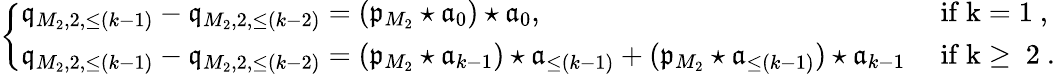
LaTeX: \begin{array}{r}{\left\{ \begin{array}{ll}{\mathfrak{q}_{M_{2},2,\le(k-1)}-\mathfrak{q}_{M_{2},2,\le(k-2)}=\left(\mathfrak{p}_{M_{2}}\star\mathfrak{a}_{0}\right)\star\mathfrak{a}_{0},}&{\mathrm{~if~k=1~,}}\\ {\mathfrak{q}_{M_{2},2,\le(k-1)}-\mathfrak{q}_{M_{2},2,\le(k-2)}=(\mathfrak{p}_{M_{2}}\star\mathfrak{a}_{k-1})\star\mathfrak{a}_{\le(k-1)}+(\mathfrak{p}_{M_{2}}\star\mathfrak{a}_{\le(k-1)})\star\mathfrak{a}_{k-1}}&{\mathrm{~if~k\ge~2~}.}\end{array}\right.}\end{array}